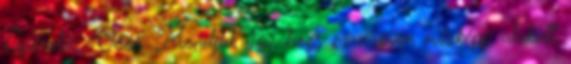
Spórolás. Öööö. Mondjuk úgy, hogy ez nagyon másképp alakult,